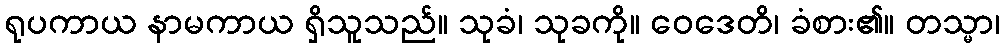
ရုပကာယ နာမကာယ ရှိသူသည်။ သုခံ၊ သုခကို။ ဝေဒေတိ၊ ခံစား၏။ တသ္မာ၊